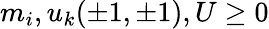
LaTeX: m_{i},u_{k}(\pm 1,\pm 1),U\ge 0